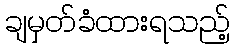
ချမှတ်ခံထားရသည့်